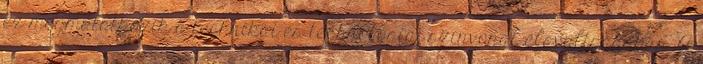
ez megmutatkozik a technikai és technológiai színvonal elavultságában. A